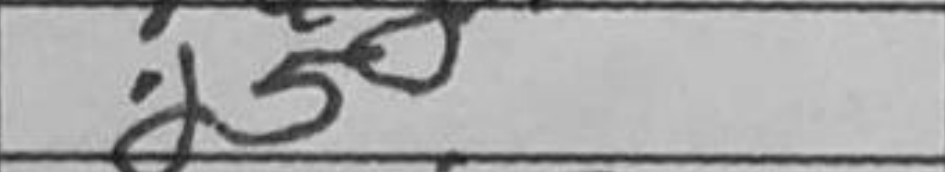
Transcription: d5